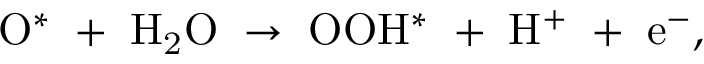
\mathrm { O ^ { * } \; + \; H _ { 2 } O \; \rightarrow \; O O H ^ { * } \; + \; H ^ { + } \; + \; e ^ { - } } ,